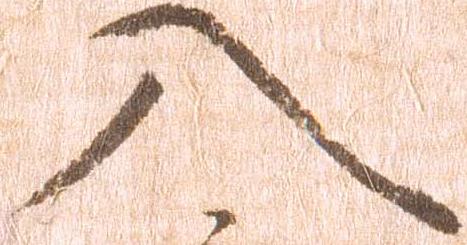
入